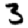
Digit: 3